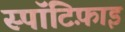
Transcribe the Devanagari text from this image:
स्पॉटिफ़ाइ